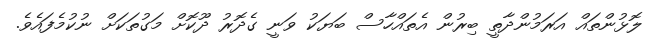
ލޮޅުންތައް އަރަމުންދާތީ ބިރުން އެތައްހާސް ބަޔަކު ވަނީ ގެދޮރު ދޫކޮށް މަގުތަކަށް ނުކުމެފައެވެ.